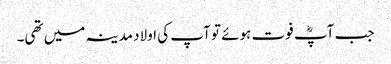
جب آپؓ فوت ہوئے تو آپ کی اولاد مدینہ میں تھی۔